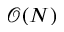
\mathcal O ( N )